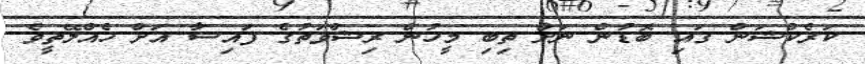
ކަރެކްޝަން ގައި ބޮޑުން ނަށް ތިބި މީހުން ރިޝްވަތުގެ ފައިސާ އަށް ހެއްލޭތީވެ